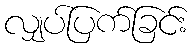
လျှပ်ပြက်ခြင်း